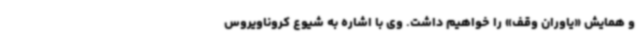
و همایش «یاوران وقف» را خواهیم داشت. وی با اشاره به شیوع کروناویروس